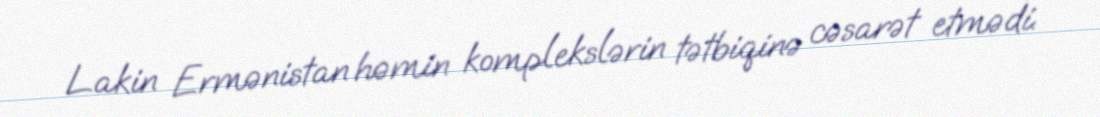
Lakin Ermənistan həmin komplekslərin tətbiqinə cəsarət etmədi.